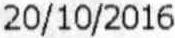
20/10/2016